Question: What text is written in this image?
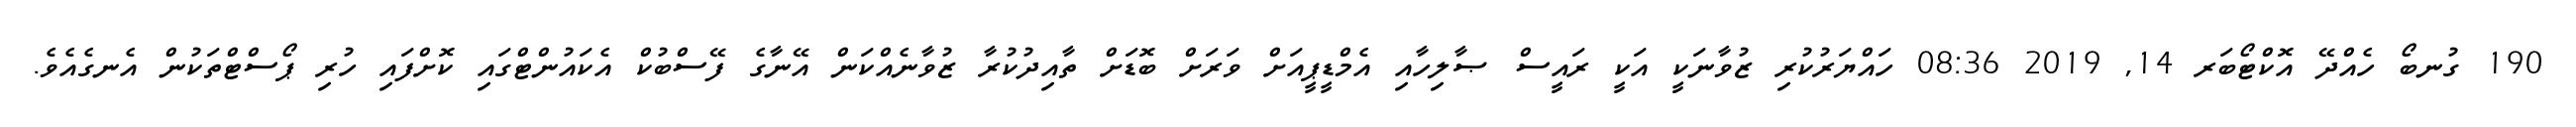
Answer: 190 ގުނބޯ ހެއްދޭ އޮކްޓޯބަރ 14, 2019 08:36 ހައްޔަރުކުރި ޒުވާނަކީ އަކީ ރައީސް ޞާލިހާއި އެމްޑީޕީއަށް ވަރަށް ބޮޑަށް ތާއިދުކުރާ ޒުވާނެއްކަން އޭނާގެ ފޭސްބުކް އެކައުންޓްގައި ކޮށްފައި ހުރި ޕޯސްޓްތަކުން އެނގެއެވެ.